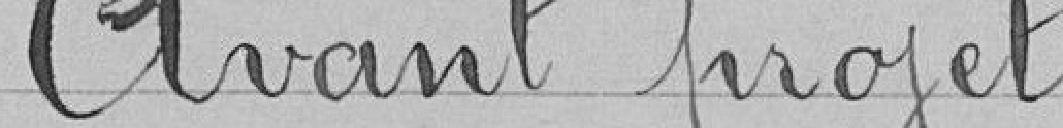
avant projet